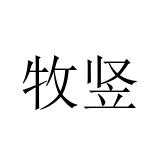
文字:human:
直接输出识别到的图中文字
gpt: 牧竖